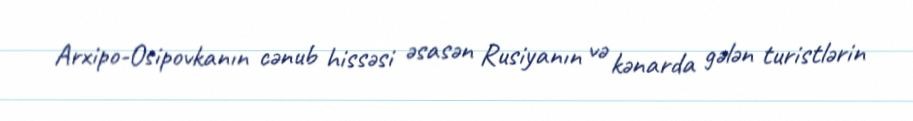
Arxipo-Osipovkanın cənub hissəsi əsasən Rusiyanın və kənarda gələn turistlərin